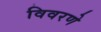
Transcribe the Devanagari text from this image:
विवरणे